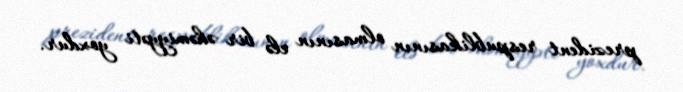
prezident respublikasının olmasının elə bir əhəmiyyəti yoxdur.